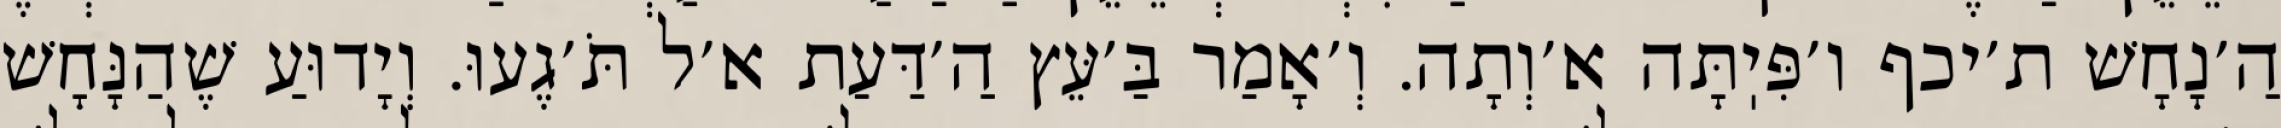
הַ׳נָחָשׁ ת׳יכף ו׳פִּיֽתָּה א׳וְתָה. וְ׳אָמַר בַּ׳עֵּץ הַ׳דַּעַת א׳ל תֹּ׳גֶעוּ. וְיָדוּעַ שֶׁהַנָּחָשׁ